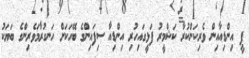
ޕީ އިންޑިއާއިން ވެރިކަންކުރާ ކަޝްމީރު ފަޅީގައިހުރި އިންޑިއާ ސިފައިންގެ ބޭހަކަށް ހަނގުރާމަވެރިންގެ ބަޔަކު